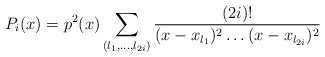
\begin{align*} P_{i}(x)=p^2(x)\sum_{(l_{1},\ldots,l_{2i})} \frac{(2i)!}{(x-x_{l_{1}})^2\ldots (x-x_{l_{2i}})^2} \end{align*}